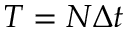
T = N \Delta t